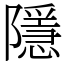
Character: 隱